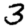
Digit: 3